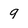
Character: 9